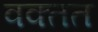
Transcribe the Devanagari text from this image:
वक्तत